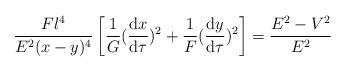
LaTeX: \begin{align*}\frac{F l^4}{E^2(x - y)^4}\left[ \frac{1}{G}( \frac{{\rm d}x}{{\rm d}\tau})^2 +\frac{1}{F}( \frac{{\rm d}y}{{\rm d}\tau})^2\right] = \frac{E^2 - V^2}{E^2}\end{align*}